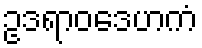
ဥဒရာဝဒေဟကံ